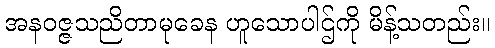
အနဝဇ္ဇသညိတာမုခေန ဟူသောပါဌ်ကို မိန့်သတည်း။